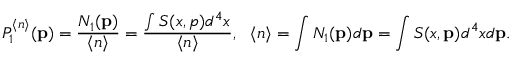
P _ { 1 } ^ { \langle n \rangle } ( { \bf p } ) = \frac { N _ { 1 } ( { \bf p } ) } { \langle n \rangle } = \frac { \int S ( x , p ) d ^ { 4 } x } { \langle n \rangle } , ~ ~ \langle n \rangle = \int N _ { 1 } ( { \bf p } ) d { \bf p } = \int S ( x , { \bf p } ) d ^ { 4 } x d { \bf p } .